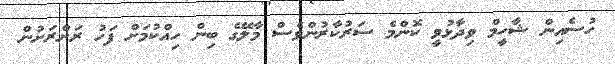
ހުސެއިން ޝާހީމް ވިދާޅުވީ ކޮންމެ ސަރުކާރުންވެސް މާލޭގެ ބިން ހިއްކުމަށް ފަހު ރަށްރަށުން